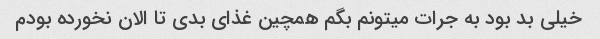
خیلی بد بود به جرات میتونم بگم همچین غذای بدی تا الان نخورده بودم